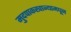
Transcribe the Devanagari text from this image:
मुदपाकखान्यामधून